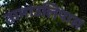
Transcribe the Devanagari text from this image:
तामाउलिपास